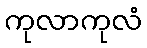
ကုလာကုလံ